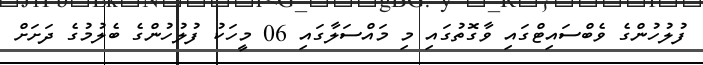
ފުލުހުންގެ ވެބްސައިޓްގައި ވާގޮތުގައި މި މައްސަލާގައި 06 މީހަކު ފުލުހުންގެ ބެލުމުގެ ދަށަށް